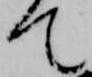
て